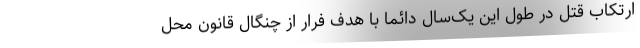
ارتکاب قتل در طول این یک‌سال دائما با هدف فرار از چنگال قانون محل